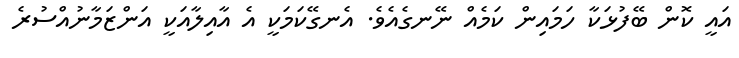
އައީ ކޮން ބޭފުޅަކާ ހަމައިން ކަމެއް ނޭނގެއެވެ. އެނގޭކަމަކީ އެ އާއިލާއަކީ އަންޒަމާނުއްސުރެ